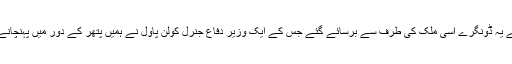
“ اس مرتبہ تحسین کے یہ ڈونگرے اُسی مُلک کی طرف سے برسائے گئے جس کے ایک وزیر دفاع جنرل کولن پاول نے ہمیں پتھر کے دور میں پہنچانے کی دھمکی دی تھی۔